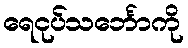
ရေငုပ်သင်္ဘောကို